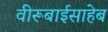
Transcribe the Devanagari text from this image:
वीरूबाईसाहेब